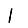
Digit: 1